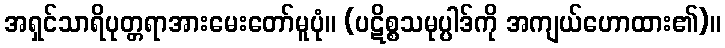
အရှင်သာရိပုတ္တရာအားမေးတော်မူပုံ။ (ပဋိစ္စသမုပ္ပါဒ်ကို အကျယ်ဟောထား၏)။